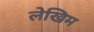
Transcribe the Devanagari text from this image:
लेखिम